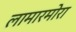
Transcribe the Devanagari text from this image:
लामारमोरा